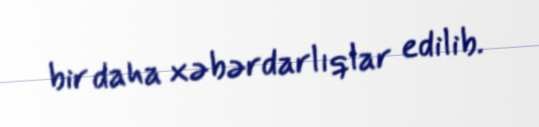
bir daha xəbərdarlıqlar edilib.